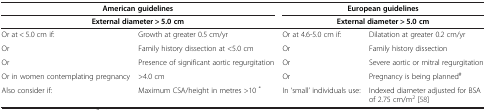
<table><thead><tr><td colspan="2"><b>American guidelines</b></td><td colspan="2"><b>European guidelines</b></td></tr><tr><td colspan="2"><b>External diameter &gt; 5.0 cm</b></td><td colspan="2"><b>External diameter &gt; 5.0 cm</b></td></tr></thead><tbody><tr><td>Or at &lt; 5.0 cm if:</td><td>Growth at greater 0.5 cm/yr</td><td>Or at 4.6-5.0 cm if:</td><td>Dilatation at greater 0.2 cm/yr</td></tr><tr><td>Or</td><td>Family history dissection at &lt;5.0 cm</td><td>Or</td><td>Family history dissection</td></tr><tr><td>Or</td><td>Presence of significant aortic regurgitation</td><td>Or</td><td>Severe aortic or mitral regurgitation</td></tr><tr><td>Or in women contemplating pregnancy</td><td>&gt;4.0 cm</td><td>Or</td><td>Pregnancy is being planned<sup>#</sup></td></tr><tr><td>Also consider if:</td><td>Maximum CSA/height in metres &gt;10 <sup>*</sup></td><td>In ‘small’ individuals use:</td><td>Indexed diameter adjusted for BSA of 2.75 cm/m<sup>2</sup>[58]</td></tr></tbody></table>